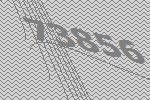
73856